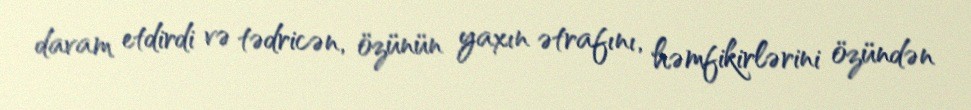
davam etdirdi və tədricən, özünün yaxın ətrafını, həmfikirlərini özündən